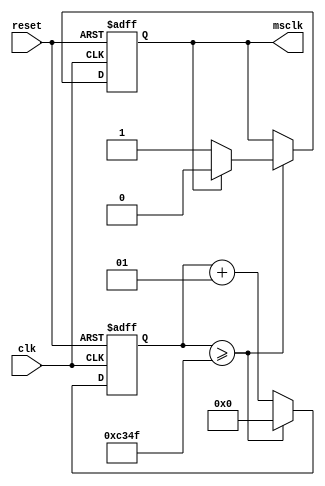
`timescale 1ns / 1ps
//////////////////////////////////////////////////////////////////////////////////
// Company: 
// Engineer: 
// 
// Design Name: 
// Module Name:    Timmer 
// Project Name: 
// Target Devices: 
// Tool versions: 
// Description: 
//
// Dependencies: 
//
// Revision: 
// Revision 0.01 - File Created
// Additional Comments: 
//
//////////////////////////////////////////////////////////////////////////////////
module Divider(input clk,input reset,output reg msclk);
	integer counter=0;
	always@(posedge clk,posedge reset)
	begin
		if(reset)
		begin
			counter<=0;
			msclk<=0;
		end
		else if(counter>=49_999)
		begin
			counter<=0;
			if(msclk==1)
				msclk<=0;
			else
				msclk<=1;
		end
		else
			counter<=counter+1;
	end
endmodule

module StateMachine(input start,input stop,input inc,input reset,input msclk,output Cen);
	reg[1:0] state,nextState;
	//states
	parameter Stop=2'b00;
	parameter Start=2'b01;
	parameter Inc=2'b10;
	parameter Trap=2'b11;
	//state changes
	always@(posedge msclk,posedge reset)
	begin
		if(reset)
				state<=Stop;
		else
			state<=nextState;
	end
	//nextState refresh
	always@(*)
	begin
		case(state)
			Stop:
				if(start)
						nextState<=Start;
				else if(inc)
						nextState<=Inc;
				else
					nextState<=Stop;
			Start:
				if(stop)
					nextState<=Stop;
				else
					nextState<=Start;
			Inc:
				nextState<=Trap;
			Trap:
				if(inc)
					nextState<=Trap;
				else
					nextState<=Stop;
		endcase
	end
	assign Cen=(state==Start)||(state==Trap&&!inc);
endmodule

module Counter(input Cen,input reset,input msclk,output reg[3:0] one,
					output reg[3:0] ten,output reg[3:0] hun,output reg[3:0] thoud);
	always@(posedge msclk,posedge reset)
	begin
		if(reset)
		begin
			one<=4'b0000;
			ten<=4'b0000;
			hun<=4'b0000;
			thoud<=4'b0000;
		end
		else
		begin
			if(Cen)
				one<=one+1;
			if(one>=10)
			begin
				one<=0;
				ten<=ten+1;
			end
			if(ten>=10)
			begin
				ten<=0;
				hun<=hun+1;
			end
			if(hun>=10)
			begin
				hun<=0;
				thoud<=thoud+1;
			end
			if(thoud>=10)
				thoud<=0;
		end
	end
endmodule
module Decoder(input wire[3:0] in,output reg[6:0] out);
	always@(*)
	begin
		case(in)
			0:out<=7'b000_0001;
			1:out<=7'b100_1111;
			2:out<=7'b001_0010;
			3:out<=7'b000_0110;
			4:out<=7'b100_1100;
			5:out<=7'b010_0100;
			6:out<=7'b010_0000;
			7:out<=7'b000_1111;
			8:out<=7'b000_0000;
			9:out<=7'b000_0100;
			default:out<=7'b111_1111;
		endcase
	end
endmodule
module LCDDisPlay(input msclk,input reset,input wire[3:0] one,input wire[3:0] ten,input wire[3:0] hun,input wire[3:0] thoud,
						output reg[6:0] seg,output reg[3:0] ga,output reg dp);
	wire[6:0] oneSeg,tenSeg,hunSeg,thoudSeg;
	integer counter=0;
	Decoder oneD(one,oneSeg);
	Decoder tenD(ten,tenSeg);
	Decoder hunD(hun,hunSeg);
	Decoder thoudD(thoud,thoudSeg);
	always@(posedge msclk,posedge reset)
	begin
		if(reset)
		begin
			seg<=7'b000_0001;
			dp=1;
			ga=4'b0111;
		end
		else
		begin
			counter<=counter+1;
			if(counter<4)
			begin
				ga<=4'b1110;
				dp<=1;
				seg<=oneSeg;
			end
			else if(counter<8)
			begin
				ga<=4'b1101;
				dp<=1;
				seg<=tenSeg;
			end
			else if(counter<12)
			begin
				ga<=4'b1011;
				dp<=1;
				seg<=hunSeg;
			end
			else if(counter<16)
			begin
				ga<=4'b0111;
				dp<=0;
				seg<=thoudSeg;
			end
			else
				counter<=0;
		end
	end
endmodule
module Timmer(input clk,input reset,input start,input stop,input inc,
					output wire[6:0] seg,output wire[3:0] ga,output wire dp);
	wire msclk,Cen;
	wire[3:0] one,ten,hun,thoud;
	Divider d(clk,reset,msclk);
	StateMachine s(start,stop,inc,reset,msclk,Cen);
	Counter c(Cen,reset,msclk,one,ten,hun,thoud);
	LCDDisPlay l(msclk,reset,one,ten,hun,thoud,seg,ga,dp);
endmodule